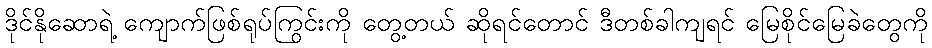
ဒိုင်နိုဆောရဲ့ ကျောက်ဖြစ်ရုပ်ကြွင်းကို တွေ့တယ် ဆိုရင်တောင် ဒီတစ်ခါကျရင် မြေစိုင်မြေခဲတွေကို